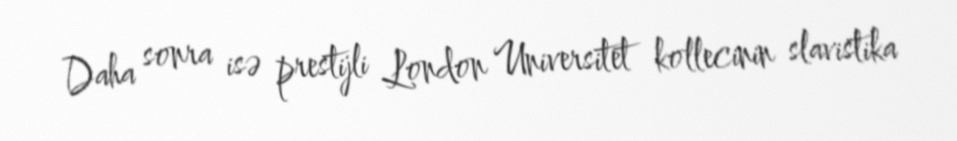
Daha sonra isə prestijli London Universitet kollecinin slavistika